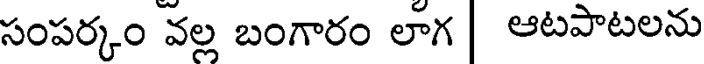
సంపర్కం వల్ల బంగారం లాగ ఆటపాటలను